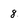
Character: 8